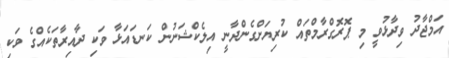
އަމްޖާދު ވިދާޅުވީ މި ޕޮރޮގްރާމްތައް ކުރިޔަށްގެންދާނީ އިލެކްޝަނުން ކަނޑައަޅާ ވަކި ދާއިރާތަކެއްގެ ވަކި